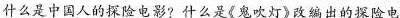
什么是中国人的探险电影?什么是《鬼吹灯》改编出的探险电